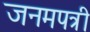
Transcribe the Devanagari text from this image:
जनमपत्री